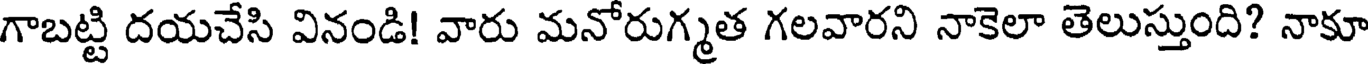
గాబట్టి దయచేసి వినండి! వారు మనోరుగ్మత గలవారని నాకెలా తెలుస్తుంది? నాకూ